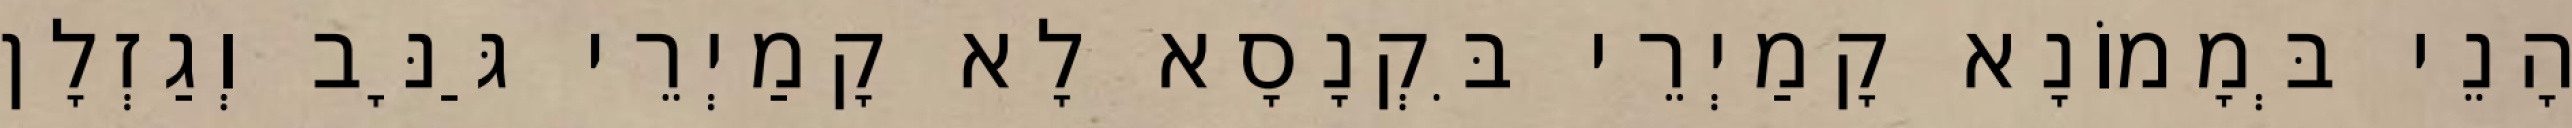
הָנֵי בְּמָמוֹנָא קָמַיְרֵי בִּקְנָסָא לָא קָמַיְרֵי גַּנָּב וְגַזְלָן